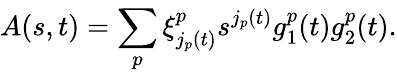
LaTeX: A(s,t)=\sum_{p}^{}\xi_{j_{p}(t)}^{p}s_{}^{j_{p}(t)}g_{1}^{p}(t)g_{2}^{p}(t).